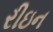
રીઇન